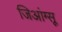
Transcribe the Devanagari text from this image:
जिआंग्सू